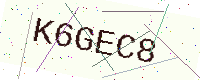
Text: K6GEC8